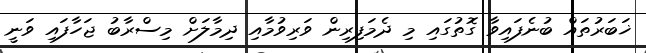
ޚަބަރުތައް ބުނެފައިވާ ގޮތުގައި މި ދެމަފިރިން ވަރިވުމާއި ދިމާލަށް މިސްރާބު ޖަހާފައި ވަނީ